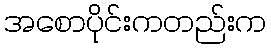
အစောပိုင်းကတည်းက